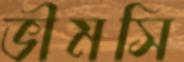
ভীমসি